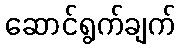
ဆောင်ရွက်ချက်